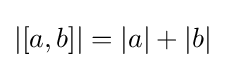
|[a,b]|=|a|+|b|